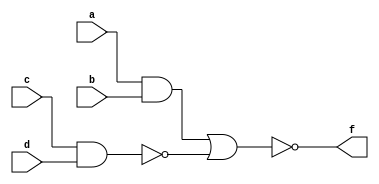
module aoi(a,b,c,d,f);
	input a,b,c,d;
	output f;
	wire a,b,c,d,f;
	assign f=~((a&b)|(~(c&d)));
endmodule